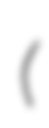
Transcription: (樺山